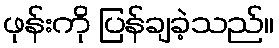
ဖုန်းကို ပြန်ချခဲ့သည်။